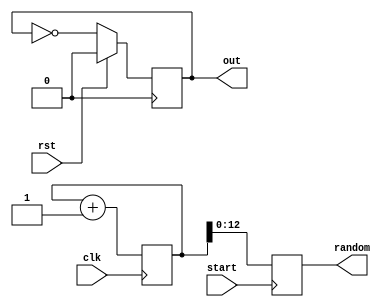
`timescale 1ns / 1ps

module clkdivider2(
    input clk,
    input start,
    input rst,
    output reg out,
    output [12:0] random
    );
    
    localparam terminalcount = (50000000-1);
    wire tc;
    reg [15:0] count;
    
    assign tc = (count == terminalcount);
    reg [12:0] rand;
    
    assign random = rand;
    
    always@(posedge(start))
    begin
        rand = count[12:0];
    end
    
    always@(posedge(clk))
    begin
    if(tc)
        count<=0;
    else
        count <= count +1;
        end
        
    always @ (posedge (tc))
    begin
    if (rst) out <= 0;
    else out = !out;	// T-FF with tc as input signal
    end
    endmodule